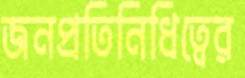
জনপ্রতিনিধিত্বের